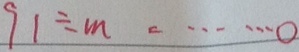
9 1 \div m = \cdots 0